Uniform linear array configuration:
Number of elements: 16
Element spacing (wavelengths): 0.75
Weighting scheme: kaiser
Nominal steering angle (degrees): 0
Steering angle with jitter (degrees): -1.899
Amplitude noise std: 0.05
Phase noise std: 0.05

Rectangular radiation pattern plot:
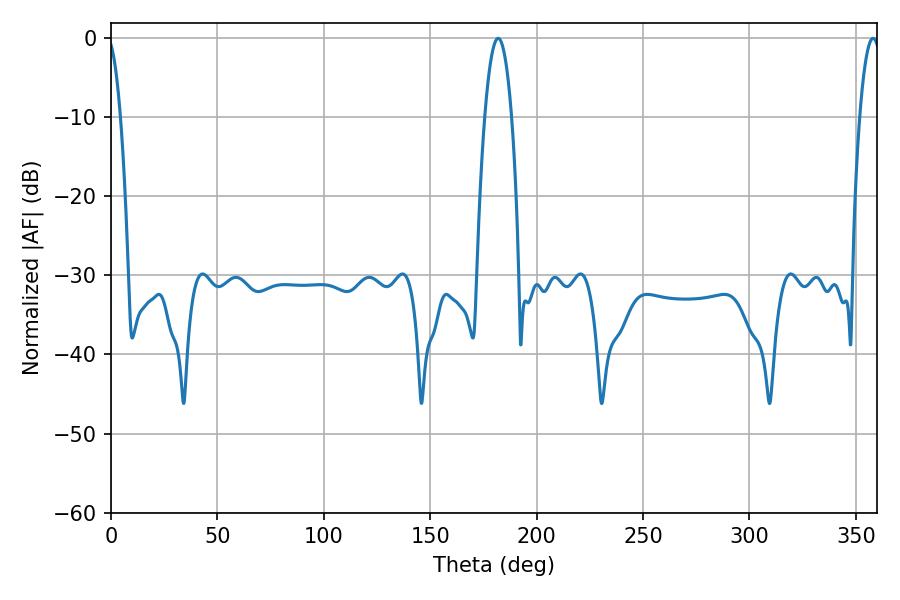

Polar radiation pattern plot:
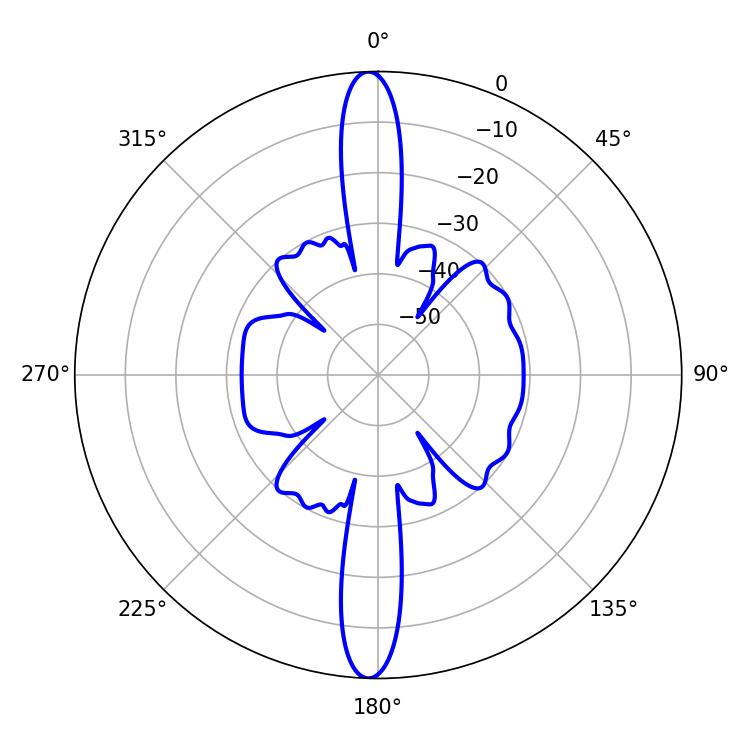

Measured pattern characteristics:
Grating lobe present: TRUE
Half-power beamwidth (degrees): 7.02
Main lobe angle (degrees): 181.98